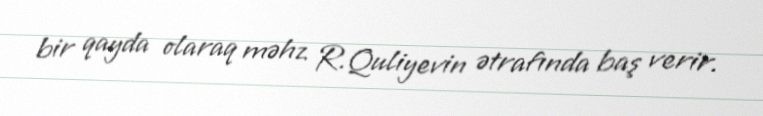
bir qayda olaraq məhz R.Quliyevin ətrafında baş verir.